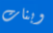
وبنات